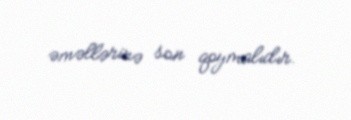
əməllərinə son qoymalıdır.